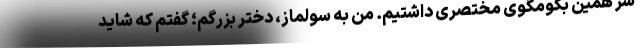
سر همین بگومگوی مختصری داشتیم. من به سولماز، دختر بزرگم؛ گفتم که شاید